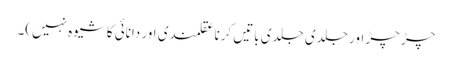
چڑ چڑ اور جلدی جلدی باتیں کرنا عقلمندی اور دانائی کا شیوہ نہیں)۔